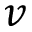
v